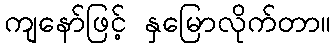
ကျနော်ဖြင့် နှမြောလိုက်တာ။